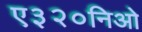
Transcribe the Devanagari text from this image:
ए३२०निओ